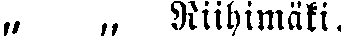
„ „ Riihimäki.